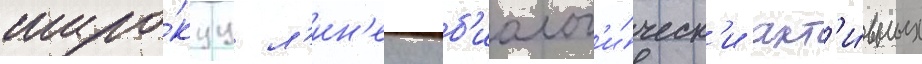
широ́куу л'ин'еику б'иолог'и́ческ'и акт'и́вных